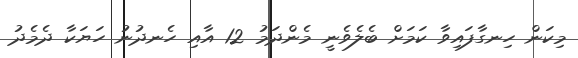
މިކަން ހިނގާފައިވާ ކަމަށް ބެލެވެނީ މެންދަމު 12 އާއި ހެނދުނު ހަޔަކާ ދެމެދު